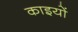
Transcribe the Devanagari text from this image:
काइयों